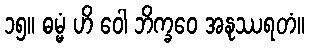
၁၅။ ဓမ္မံ ဟိ ဝေါ ဘိက္ခဝေ အနုဿရတံ။